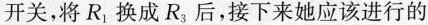
开关，将R_{1}换成R_{3}后，接下来她应该进行的